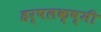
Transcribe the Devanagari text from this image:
हर्षलक्ष्मी